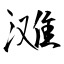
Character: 滩